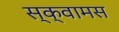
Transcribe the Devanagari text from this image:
स्क्वामस